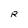
Character: R